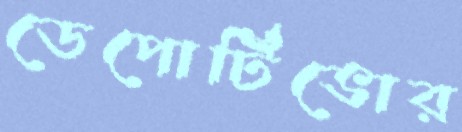
ডেপোর্টিভোর